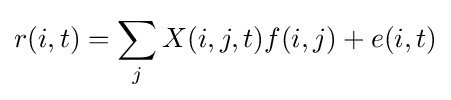
r(i,t)=\sum _{j}X(i,j,t)f(i,j)+e(i,t)